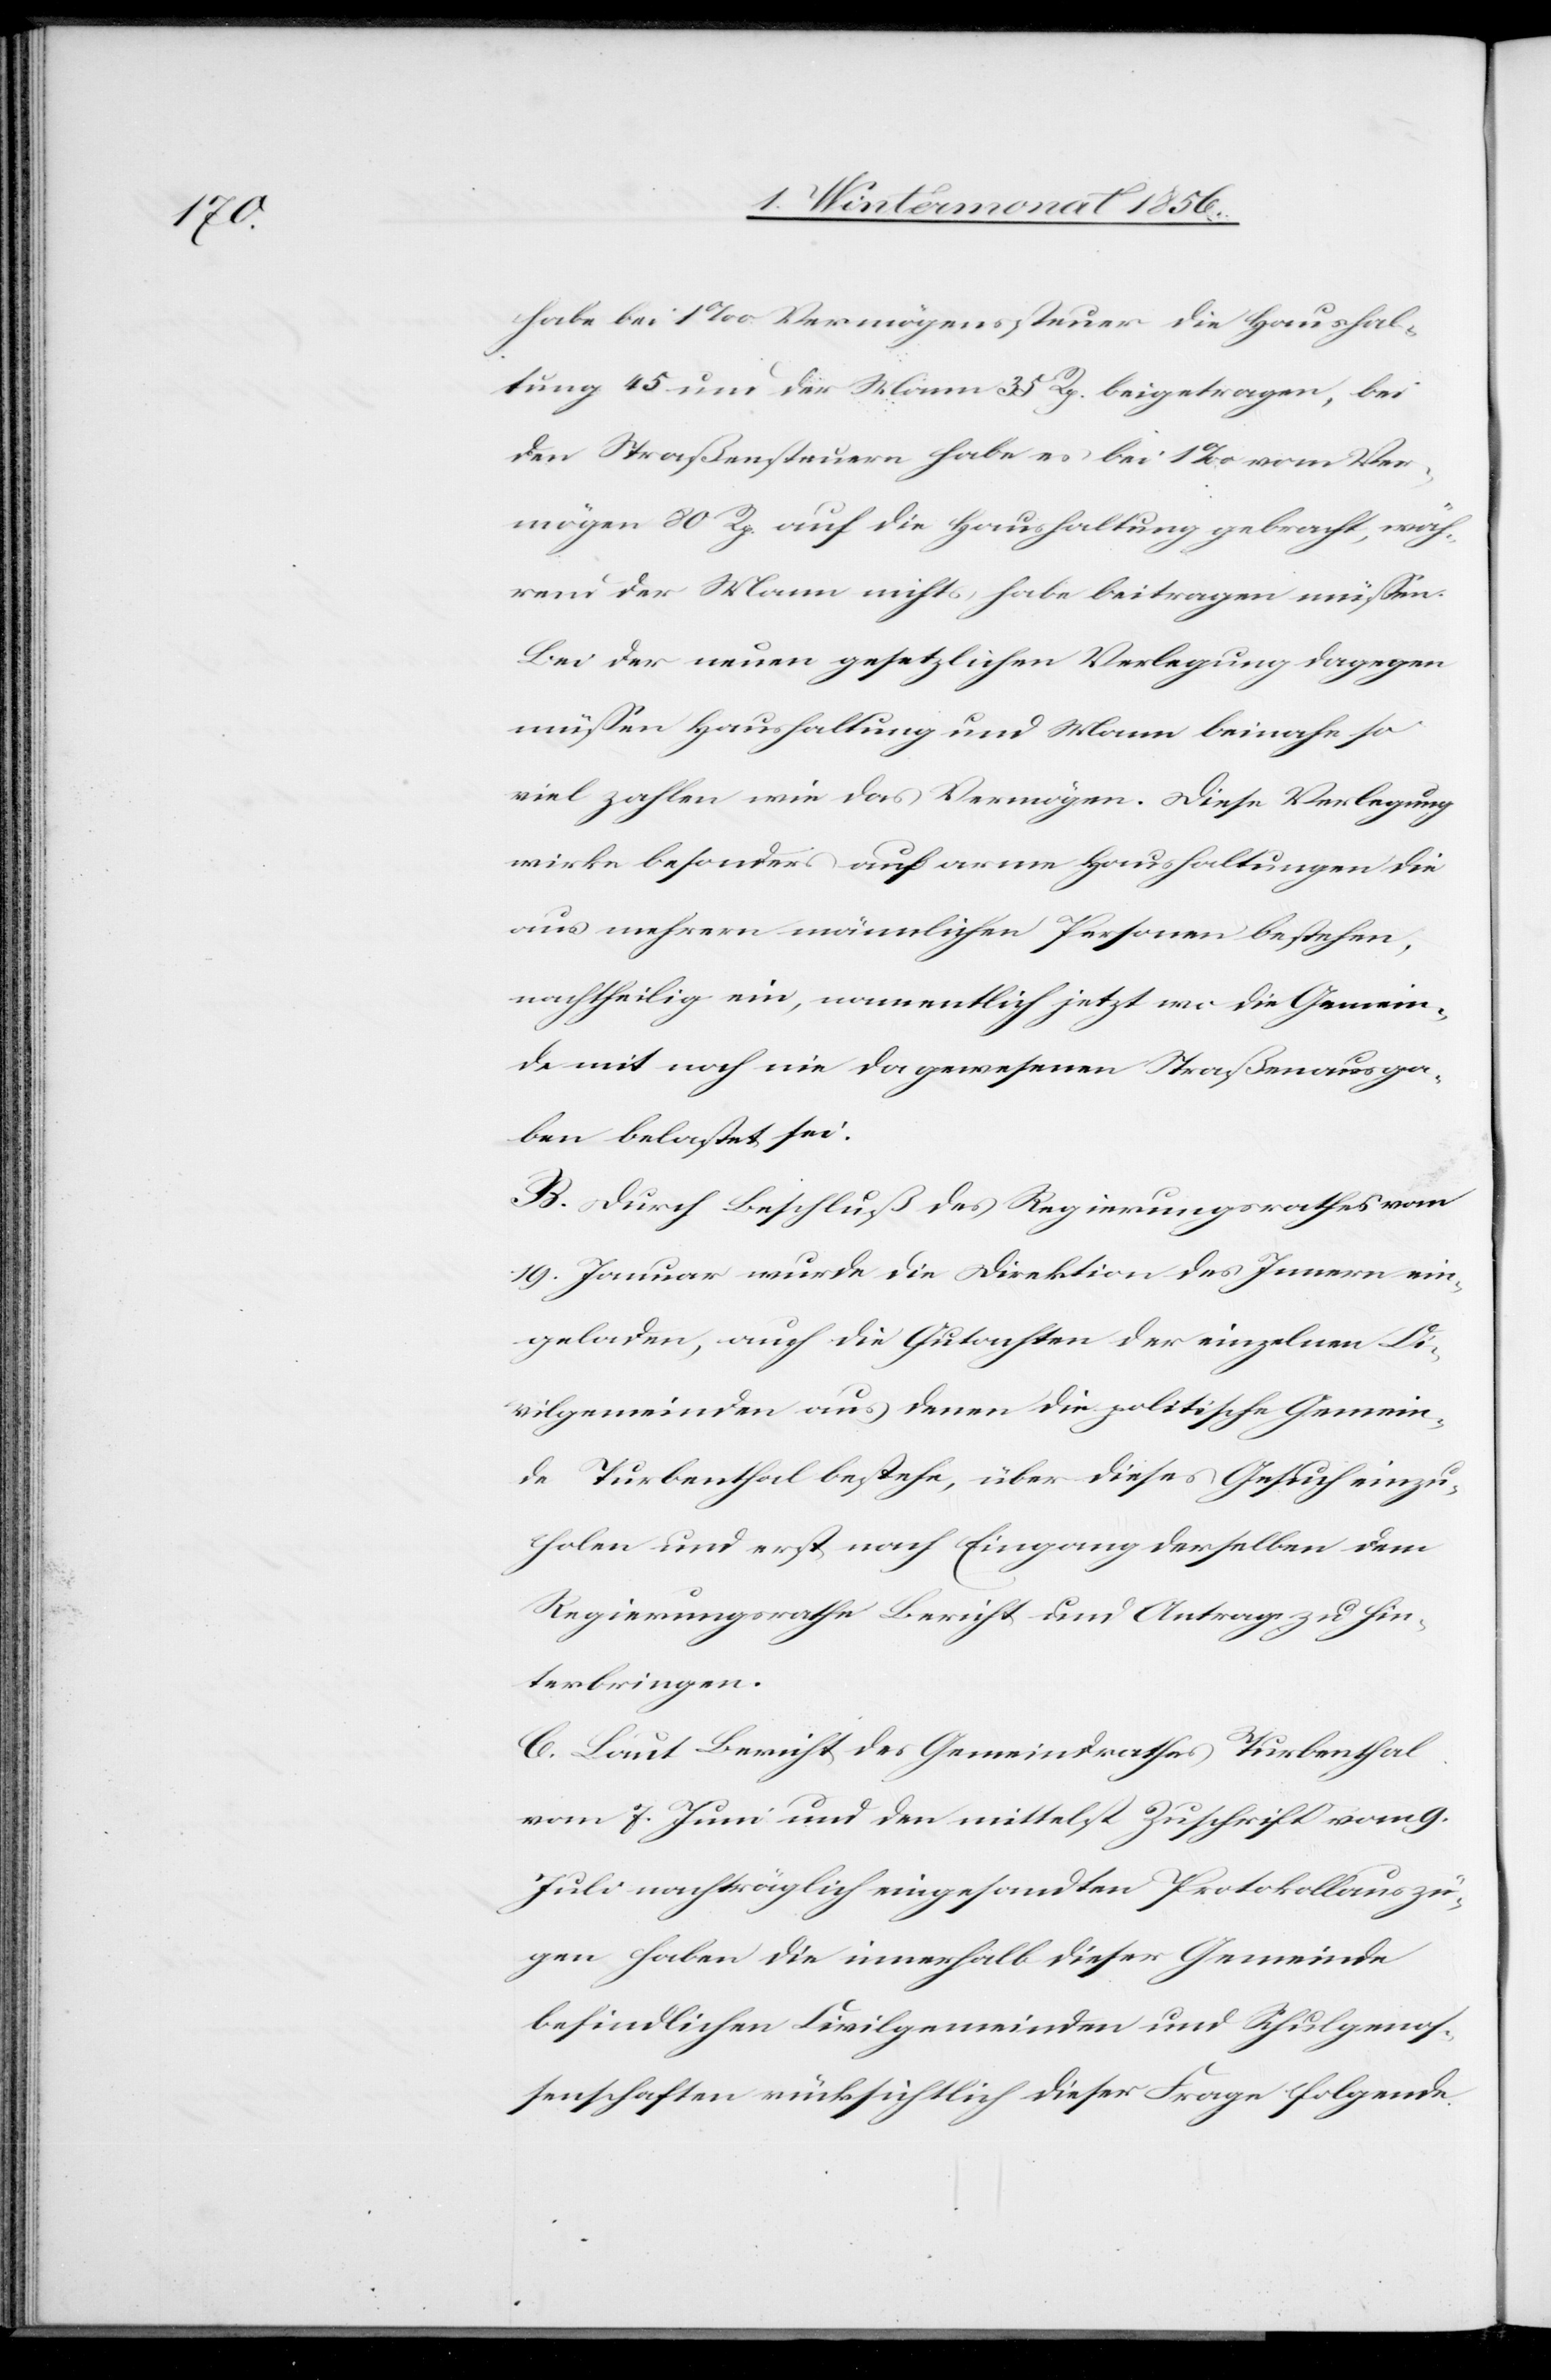
habe bei 1‰ Vermögenssteuer die Haushal¬
tung 45 und der Mann 35 Rp. beigetragen, bei
den Straßensteuern habe es bei 1‰ vom Ver¬
mögen 80 Rp. auf die Haushaltung gebracht, wäh¬
rend der Mann nichts habe beitragen müssen.
Bei der neuen gesetzlichen Verlegung dagegen
müssen Haushaltung und Mann beinahe so
viel zahlen wie das Vermögen. Diese Verlegung
wirke besonders auf arme Haushaltungen die
aus mehrern männlichen Personen bestehen,
nachtheilig ein, namentlich jetzt wo die Gemein¬
de mit noch nie da gewesenen Straßenausga¬
ben belastet sei.
B. Durch Beschluß des Regierungsrathes vom
19. Januar wurde die Direktion des Innern ein¬
geladen, auch die Gutachten der einzelnen Ci¬
vilgemeinden aus denen die politische Gemein¬
de Turbenthal bestehe, über dieses Gesuch einzu¬
holen und erst nach Eingang derselben dem
Regierungsrathe Bericht und Antrag zu hin¬
terbringen.
C. Laut Bericht des Gemeindrathes Turbenthal
vom 7. Juni und den mittelst Zuschrift vom 9.
Juli nachträglich eingesandten Protokollauszü¬
gen haben die innerhalb dieser Gemeinde
befindlichen Civilgemeinden und Schulgenos¬
senschaften rücksichtlich dieser Frage folgende